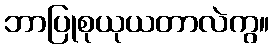
ဘာပြုစုယုယတာလဲကွ။